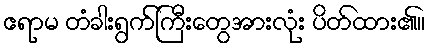
ဧရာမ တံခါးရွက်ကြီးတွေအားလုံး ပိတ်ထား၏။